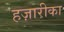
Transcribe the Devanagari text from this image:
हज़ारीका